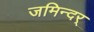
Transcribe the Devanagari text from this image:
जमिन्दर्